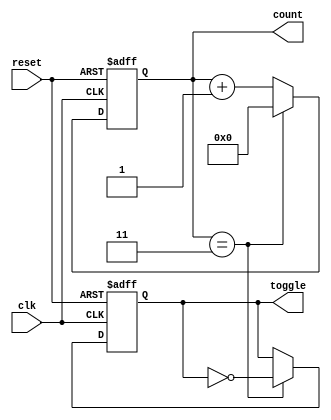
module divide_by_n_counter #(
    parameter N = 4       // Define the division factor
)(
    input wire clk,       // Clock input
    input wire reset,     // Asynchronous reset
    output reg [N-1:0] count, // Current count value
    output reg toggle     // Output toggles every N clock cycles
);

    // Internal signal to detect when to toggle the output
    reg [N-1:0] next_count;

    // Asynchronous reset
    always @(posedge clk or posedge reset) begin
        if (reset) begin
            count <= 0;      // Reset the count to 0
            toggle <= 0;     // Reset the toggle output
        end else begin
            count <= next_count; // Update count on clock edge
            // Toggle output logic
            if (count == N-1) begin
                toggle <= ~toggle; // Toggle output when count reaches N-1
            end
        end
    end

    // Combinational logic for next count value
    always @(*) begin
        if (count == N-1) begin
            next_count = 0;      // Reset count when it reaches N
        end else begin
            next_count = count + 1; // Increment count
        end
    end
endmodule